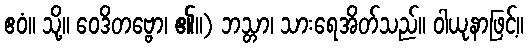
ဧဝံ။ သို့။ ဝေဒိတဗ္ဗော၊ ၏။) ဘသ္တာ၊ သားရေအိတ်သည်။ ဝါယုနာဖြင့်။